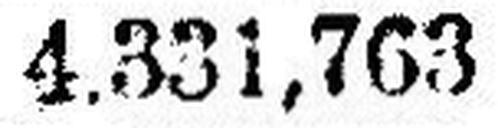
4.331,763